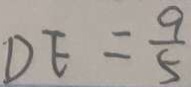
D E = \frac { 9 } { 5 }